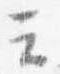
云